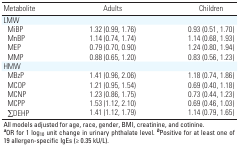
<table><thead><tr><td><b>Metabolite</b></td><td><b>Adults</b></td><td><b>Children</b></td></tr></thead><tbody><tr><td><b>LMW</b></td></tr><tr><td><b>MiBP</b></td><td>1.32 (0.99, 1.76)</td><td>0.93 (0.51, 1.70)</td></tr><tr><td><b>MnBP</b></td><td>1.14 (0.74, 1.74)</td><td>1.14 (0.68, 1.93)</td></tr><tr><td><b>MEP</b></td><td>0.79 (0.70, 0.90)</td><td>1.24 (0.80, 1.94)</td></tr><tr><td><b>MMP</b></td><td>0.88 (0.65, 1.20)</td><td>0.83 (0.56, 1.23)</td></tr><tr><td><b>HMW</b></td></tr><tr><td><b>MBzP</b></td><td>1.41 (0.96, 2.06)</td><td>1.18 (0.74, 1.86)</td></tr><tr><td><b>MCOP</b></td><td>1.21 (0.95, 1.54)</td><td>0.69 (0.40, 1.18)</td></tr><tr><td><b>MCNP</b></td><td>1.23 (0.86, 1.75)</td><td>0.73 (0.44, 1.23)</td></tr><tr><td><b>MCPP</b></td><td>1.53 (1.12, 2.10)</td><td>0.69 (0.46, 1.03)</td></tr><tr><td><b>∑DEHP</b></td><td>1.41 (1.12, 1.79)</td><td>1.14 (0.79, 1.65)</td></tr><tr><td colspan="3">All models adjusted for age, race, gender, BMI, creatinine, and cotinine. <sup><i><b>a</b></i></sup>OR for 1 log<sub>10</sub> unit change in urinary phthalate level. <sup><i><b>b</b></i></sup>Positive for at least one of 19 allergen-specific IgEs (≥ 0.35 kU/L).</td></tr></tbody></table>